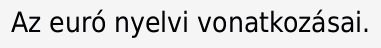
Az euró nyelvi vonatkozásai.